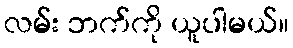
လမ်း ဘက်ကို ယူပါမယ်။